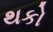
થકો